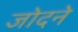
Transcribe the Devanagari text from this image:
जोदने